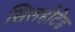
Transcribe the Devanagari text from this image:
सिलहोटेड